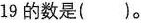
19的数是()。